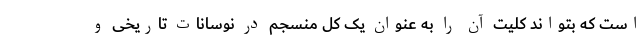
است که بتواند کلیت آن را به عنوان یک کل منسجم در نوسانات تاریخی و